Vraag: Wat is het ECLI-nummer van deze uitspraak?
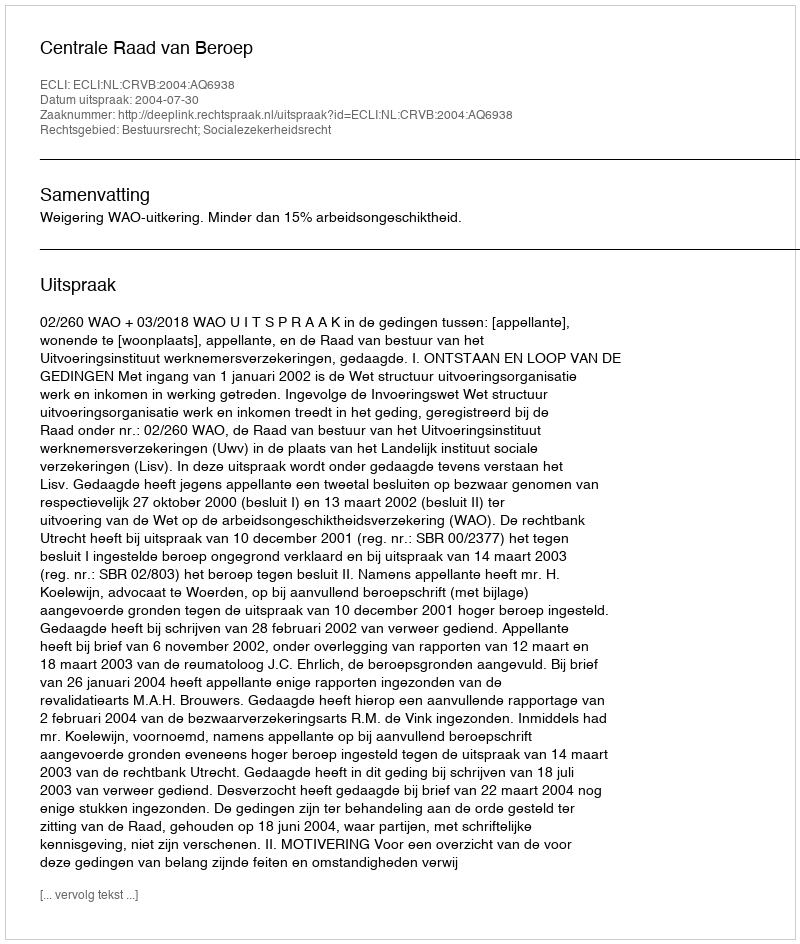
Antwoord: ECLI:NL:CRVB:2004:AQ6938